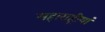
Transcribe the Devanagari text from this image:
महाराष्ट्रीयां